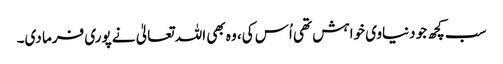
سب کچھ جو دنیاوی خواہش تھی اُس کی، وہ بھی اللہ تعالیٰ نے پوری فرما دی۔